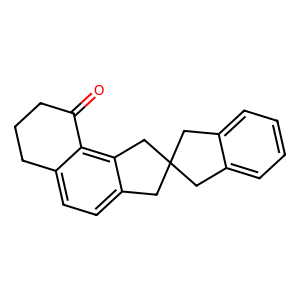
SMILES: O=C1CCCc2ccc3c(c21)CC1(Cc2ccccc2C1)C3
Inhibits HIV replication: No